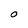
Character: 0